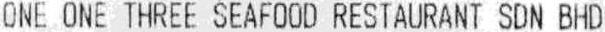
ONE ONE THREE SEAFOOD RESTAURANT SDN BHD